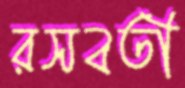
রসবতী